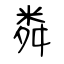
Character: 粦